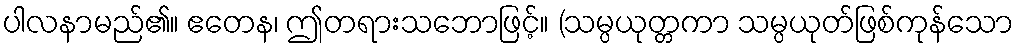
ပါလနာမည်၏။ ဧတေန၊ ဤတရားသဘောဖြင့်။ (သမ္ပယုတ္တကာ သမ္ပယုတ်ဖြစ်ကုန်သော